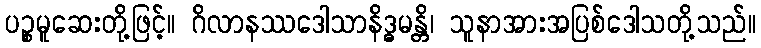
ပဉ္စမူဆေးတို့ဖြင့်။ ဂိလာနဿဒေါသာနိဒ္ဓမန္တိ၊ သူနာအားအပြစ်ဒေါသတို့သည်။